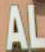
AL